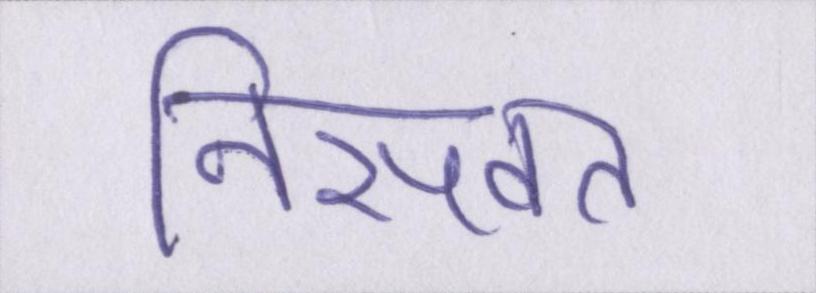
निसवत